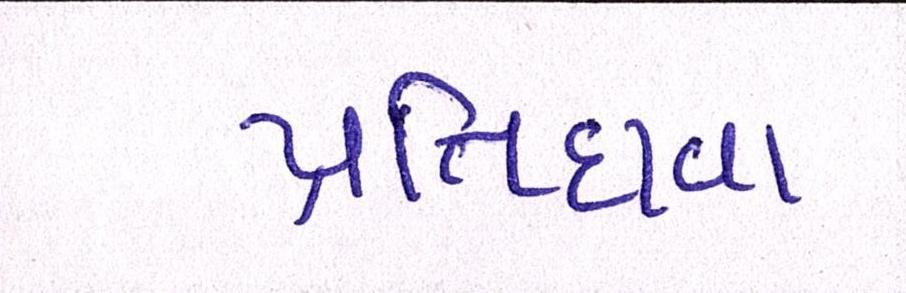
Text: પ્રતિદાવા